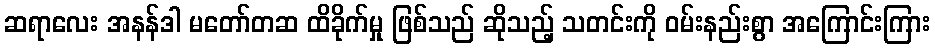
ဆရာလေး အနန်ဒါ မတော်တဆ ထိခိုက်မှု ဖြစ်သည် ဆိုသည့် သတင်းကို ဝမ်းနည်းစွာ အကြောင်းကြား